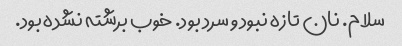
سلام. نان تازه نبود و سرد بود. خوب برشته نشده بود.